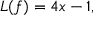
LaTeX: L ( f ) = 4 x - 1 ,